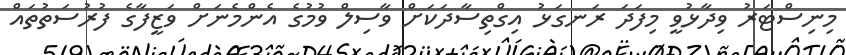
މިނިސްޓަރު ވިދާޅުވީ މިފަދަ ރަނގަޅު އިގްތިސާދަކަށް ވާސިލް ވުމުގެ އެންމެނަށް ވަޒީފާގެ ފުރުސަތުތައް